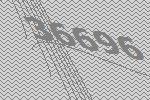
36696